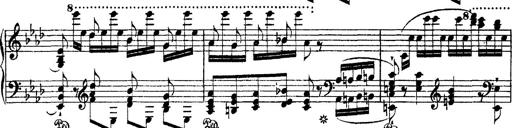
Title: Ã‰tudes d'exÃ©cution transcendante d'aprÃ¨s Paganini
Composer: Franz Liszt